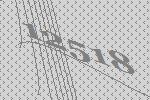
12518